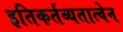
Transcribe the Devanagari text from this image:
इतिकर्तव्यतात्वेन